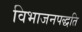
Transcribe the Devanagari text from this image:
विभाजनपद्धति